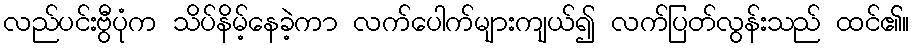
လည်ပင်းဗွီပုံက သိပ်နိမ့်နေခဲ့ကာ လက်ပေါက်များကျယ်၍ လက်ပြတ်လွန်းသည် ထင်၏။